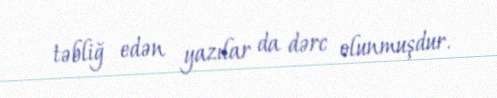
təbliğ edən yazılar da dərc olunmuşdur.